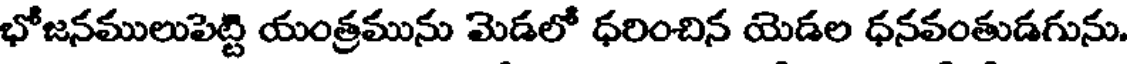
భోజనములుపెట్టి యంత్రమును మెడలో ధరించిన యెడల ధనవంతుడగును.